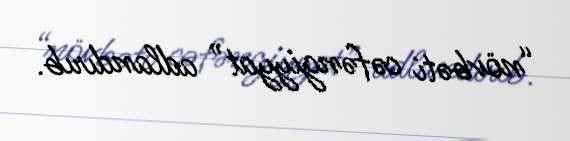
“növbəti cəfəngiyyat” adlandırıb.